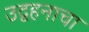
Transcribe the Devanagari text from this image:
उद्वहनाचा